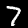
Label: 7